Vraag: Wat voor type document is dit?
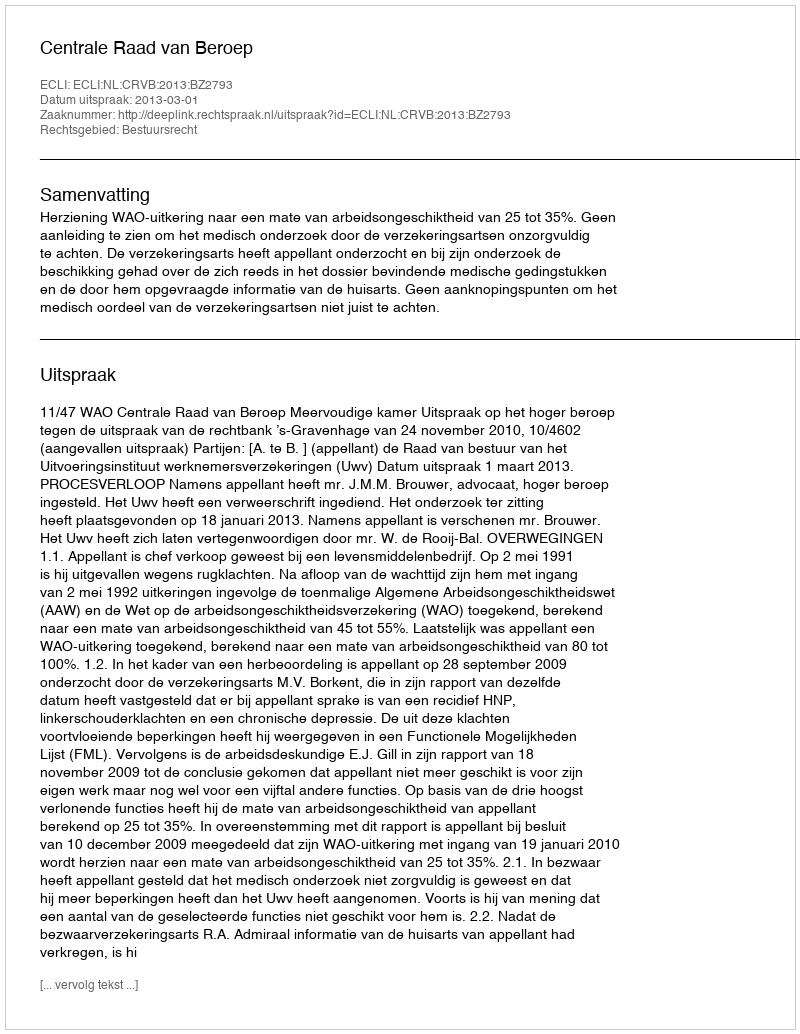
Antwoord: Uitspraak